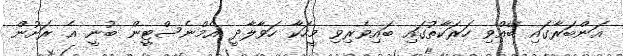
އަންބަރާގައި ބޭއްވި ހަރަކާތުގައި ބައިވެރިވި މީހަކާ ހަވާލާދީ އެމްނެސްޓީން ބުނީ އެ ރަށުން